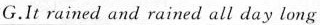
G.It rained and rained all day long.